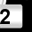
Digit: 2